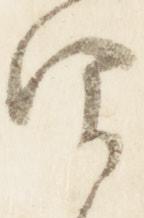
仰